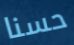
حسنا